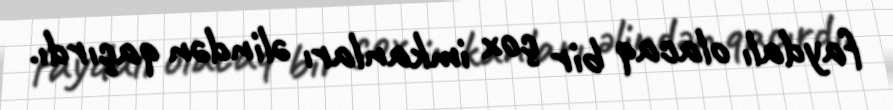
faydalı olacaq bir çox imkanları əlindən qaçırdı.